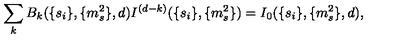
\sum _ { k } B _ { k } ( \{ s _ { i } \} , \{ m _ { s } ^ { 2 } \} , d ) I ^ { ( d - k ) } ( \{ s _ { i } \} , \{ m _ { s } ^ { 2 } \} ) = I _ { 0 } ( \{ s _ { i } \} , \{ m _ { s } ^ { 2 } \} , d ) ,